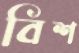
বিশ